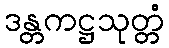
ဒန္တကဋ္ဌသုတ္တံ